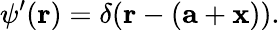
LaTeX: \psi^{\prime}(\mathbf{r})=\delta(\mathbf{r}-(\mathbf{a}+\mathbf{x})).